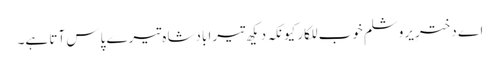
اے دخترِ یروشلم خوب للکار کیونکہ دیکھ تیرا بادشاہ تیرے پاس آتا ہے۔